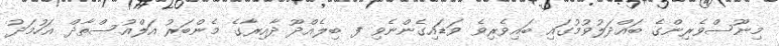
މިނޫސްވެރިންގެ ބައްދަލުވުމުގައި ބައިވެރިވެ ވަޑައިގެންނެވި ފ ބިލެއްދޫ ދާއިރާގެ މެންބަރު އަލްއުސްތާޛް އަހުމަދު